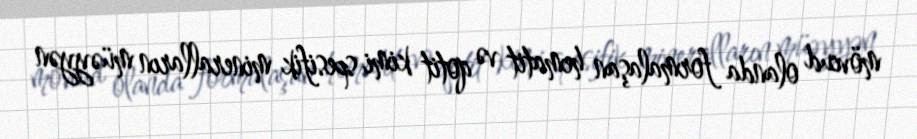
mövcud olanda formalaşan hematit və qotit kimi spesifik mineralların müəyyən